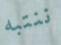
ننتبه